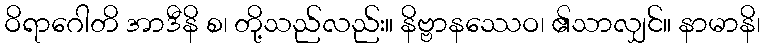
ဝိရာဂေါတိ အာဒီနိ စ၊ တို့သည်လည်း။ နိဗ္ဗာနဿေဝ၊ ၏သာလျှင်။ နာမာနိ၊